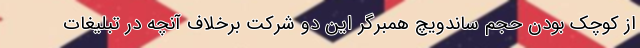
از کوچک بودن حجم ساندویچ همبرگر این دو شرکت برخلاف آنچه در تبلیغات